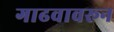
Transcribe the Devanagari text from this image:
गाढवावरून